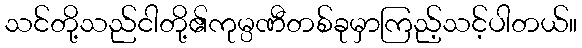
သင်တို့သည်ငါတို့၏ကုမ္ပဏီတစ်ခုမှာကြည့်သင့်ပါတယ်။